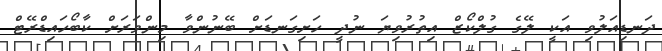
ދަނޑިއަލުވި އަކީ ލޭގެ ގުލްކޯޒް އިތުރުވިޔަ ނުދީ ހަށިގަނޑަށް ބޭނުންވާ މިންވަރަށް ކާބޯހައިޑްރޭޓް